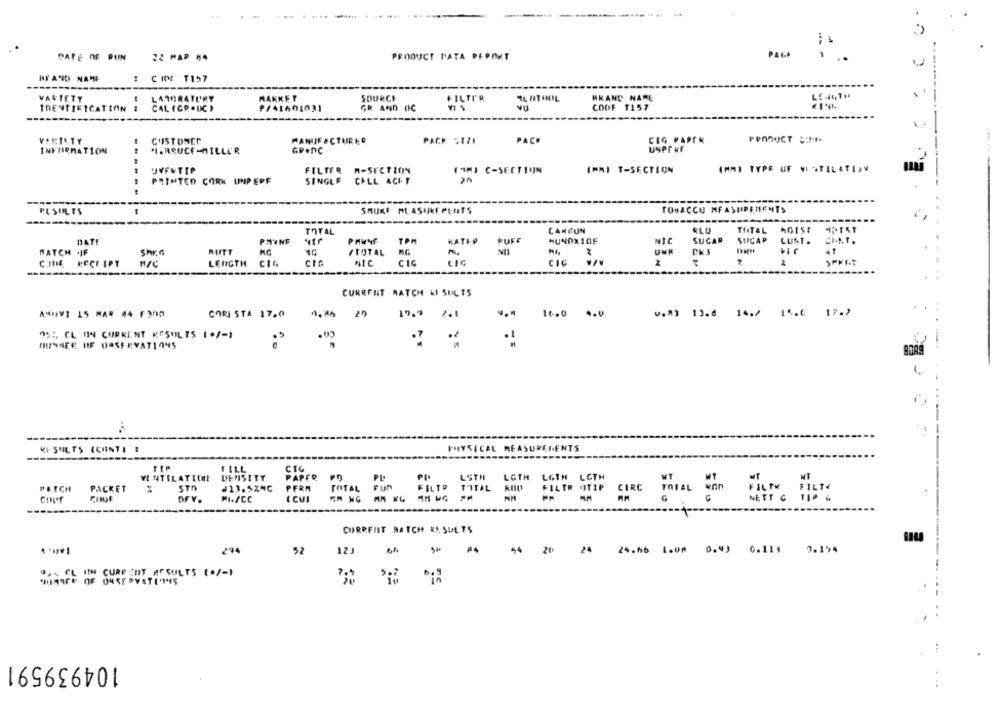
DATE OF PUN
22 MAR #4
PRODUCT DATA PEPORT
PAGA
-- -
# CIO T157
VARIETY
LAWRATURY
HAKKET
SOURCE
FILTI'R
TE HTHOL
HKAND NAME
IDENTIFICATION
CAL (CP. DIC )
GR AND DC
COOF T157
--------
..
VONILTY
CUSTONEN
MANUFACTURER
PACK 5171
PACH
CEG PAPER
PRODUCT S-
.... .
INFORMATION
.I. RRUCE-HILLER
GPINC
UNPE KF
JVENTIP
FILTER A-SECTION
(4MJ C-SECTION
IPHI T-SECTION
PRINTED CORN UNIP EPF
SINGLE CELL ACIT
20
---
RESULTS
SMUKF MASUKE PLATS
TOBACCO MFASUPEMENTS
-----
TOTAL
CANCUN
TOTAL
DATE
PHONE
PAWNF
TPM
KATEP
PUFF
MUNOXICF
NIC
SUGAR
SUGAR
LUNT .
RATCH .JF
Shr.₼
RUTT
/TOTAL
UNK
RECE IPT
N/C
LENGTH
CIG
CIG
CIC
CIC
CURRENT RATCH AI SUL 75
AMDVI 15 MAR #4 F300
CORE STA 17.0
25
19.9 2.1
16.0 4.0
0.3 13.6 14./ 14.6 17.2
05: CL IN CURRENT RESULTS (+/-)
HUNNER OF DOSERVATIONS
PHYSICAL MEASUREMENTS
KY SHILTS ICHNTI :
TILL
DENSITY
LSTH
LGTH
LGTH
LGTH
VENTILATIE!
PL
NT
RETCH
PACKET
%
STO
213.5ZNC
PERM
TOTAL
FUN
T'ITAL
FILTR IITIP
CIRC
TOTAL KAN
FILTR FILTH
I CUI
G
NETT G TIP &
DFV.
CURRENT RATCH RESULTS
294
52
123
44 20
24 24.66 1.0 0.43 0.111 2.194
---
U. . CL IN CURFEDT RESULTS (./-1
104939591